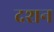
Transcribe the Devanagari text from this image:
दशन